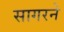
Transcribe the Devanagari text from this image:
सागरने